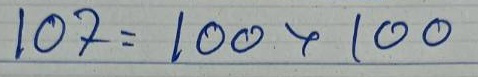
107 = 100 + 100